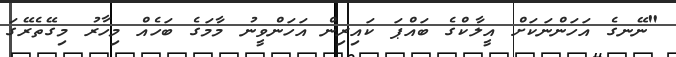
"ނޭނގެ އަހަންނަކަށް އީލާކްގެ ބައްޕަ ކައިރިން އަހަންވީނު މާމަގެ ބަހެއް މިހާރު މިގޭތެރޭގަ